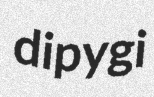
dipygi